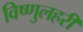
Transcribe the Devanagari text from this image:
विष्णुलहरी